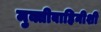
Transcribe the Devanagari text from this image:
मुक्तीबाहिनीशी